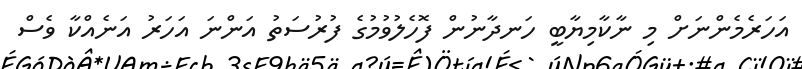
އަހަރެމެންނަށް މި ނާކާމިޔާބީ ހަނދާނުން ފޮހެލުވުމުގެ ފުރުސަތު އަންނަ އަހަރު އަނެއްކާ ވެސް